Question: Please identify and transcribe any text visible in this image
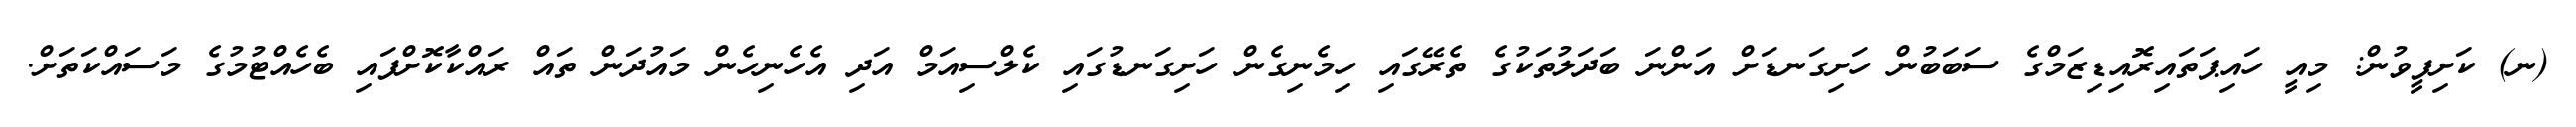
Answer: (ނ) ކަށިފީވުން: މިއީ ހައިޕަތައިރޮއިޑިޒަމްގެ ސަބަބުން ހަށިގަނޑަށް އަންނަ ބަދަލުތަކުގެ ތެރޭގައި ހިމެނިގެން ހަށިގަނޑުގައި ކެލްސިއަމް އަދި އެހެނިހެން މައުދަން ތައް ރައްކާކޮށްފައި ބެހެއްޓުމުގެ މަސައްކަތަށް.